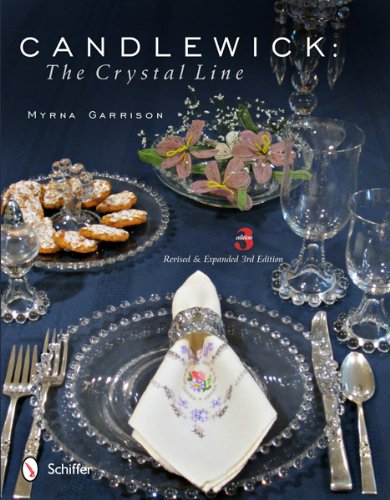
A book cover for Candlewick: The Crystal Line; Myrna Garrison; Crafts, Hobbies & Home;